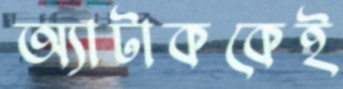
অ্যাটাককেই